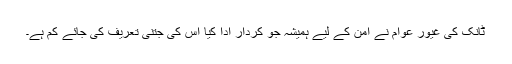
ٹانک کی غیور عوام نے امن کے لیے ہمیشہ جو کردار ادا کیا اس کی جتنی تعریف کی جائے کم ہے۔